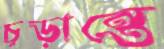
চূড়ান্তে